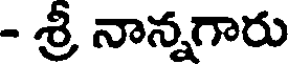
- శ్రీ నాన్నగారు